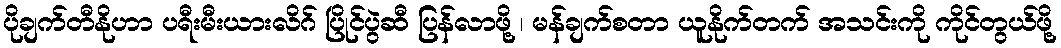
ပိုချက်တီနိုဟာ ပရီးမီးယားလိဂ် ပြိုင်ပွဲဆီ ပြန်လာဖို့ ၊ မန်ချက်စတာ ယူနိုက်တက် အသင်းကို ကိုင်တွယ်ဖို့